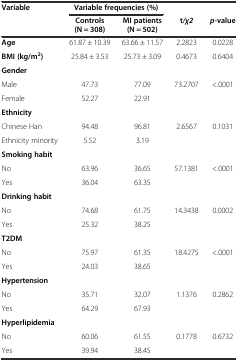
<table><thead><tr><td rowspan="2"><b>Variable</b></td><td colspan="2"><b>Variable frequencies (%)</b></td><td></td><td></td></tr><tr><td><b>Controls (N = 308)</b></td><td><b>MI patients (N = 502)</b></td><td><b>t<i>/χ2</i></b></td><td><b><i>p</i>-value</b></td></tr></thead><tbody><tr><td><b>Age</b></td><td>61.87 ± 10.39</td><td>63.66 ± 11.57</td><td>2.2823</td><td>0.0228</td></tr><tr><td><b>BMI (kg/m</b><sup><b>2</b></sup><b>)</b></td><td>25.84 ± 3.53</td><td>25.73 ± 3.09</td><td>0.4673</td><td>0.6404</td></tr><tr><td><b>Gender</b></td><td></td><td></td><td></td><td></td></tr><tr><td>Male</td><td>47.73</td><td>77.09</td><td>73.2707</td><td>&lt;.0001</td></tr><tr><td>Female</td><td>52.27</td><td>22.91</td><td></td><td></td></tr><tr><td><b>Ethnicity</b></td><td></td><td></td><td></td><td></td></tr><tr><td>Chinese Han</td><td>94.48</td><td>96.81</td><td>2.6567</td><td>0.1031</td></tr><tr><td>Ethnicity minority</td><td>5.52</td><td>3.19</td><td></td><td></td></tr><tr><td><b>Smoking habit</b></td><td></td><td></td><td></td><td></td></tr><tr><td>No</td><td>63.96</td><td>36.65</td><td>57.1381</td><td>&lt;.0001</td></tr><tr><td>Yes</td><td>36.04</td><td>63.35</td><td></td><td></td></tr><tr><td><b>Drinking habit</b></td><td></td><td></td><td></td><td></td></tr><tr><td>No</td><td>74.68</td><td>61.75</td><td>14.3438</td><td>0.0002</td></tr><tr><td>Yes</td><td>25.32</td><td>38.25</td><td></td><td></td></tr><tr><td><b>T2DM</b></td><td></td><td></td><td></td><td></td></tr><tr><td>No</td><td>75.97</td><td>61.35</td><td>18.4275</td><td>&lt;.0001</td></tr><tr><td>Yes</td><td>24.03</td><td>38.65</td><td></td><td></td></tr><tr><td><b>Hypertension</b></td><td></td><td></td><td></td><td></td></tr><tr><td>No</td><td>35.71</td><td>32.07</td><td>1.1376</td><td>0.2862</td></tr><tr><td>Yes</td><td>64.29</td><td>67.93</td><td></td><td></td></tr><tr><td><b>Hyperlipidemia</b></td><td></td><td></td><td></td><td></td></tr><tr><td>No</td><td>60.06</td><td>61.55</td><td>0.1778</td><td>0.6732</td></tr><tr><td>Yes</td><td>39.94</td><td>38.45</td><td></td><td></td></tr></tbody></table>